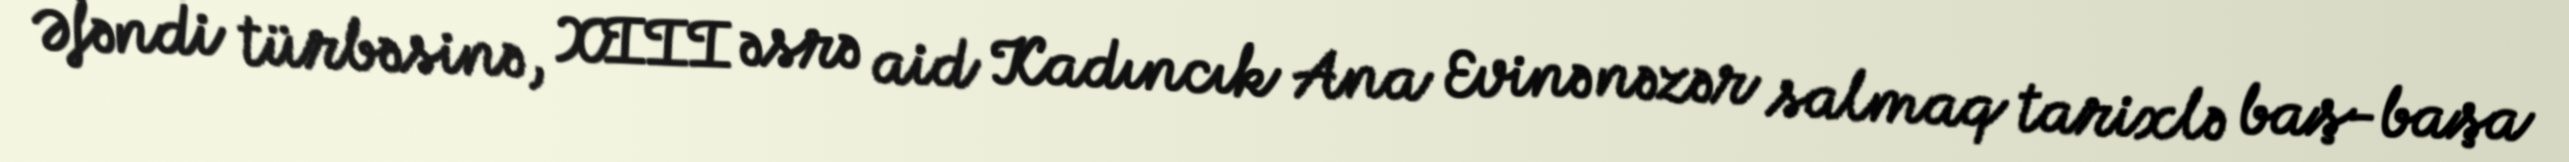
Əfəndi türbəsinə, XIII əsrə aid Kadıncık Ana Evinə nəzər salmaq tarixlə baş-başa